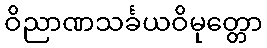
ဝိညာဏသင်္ခယဝိမုတ္တော